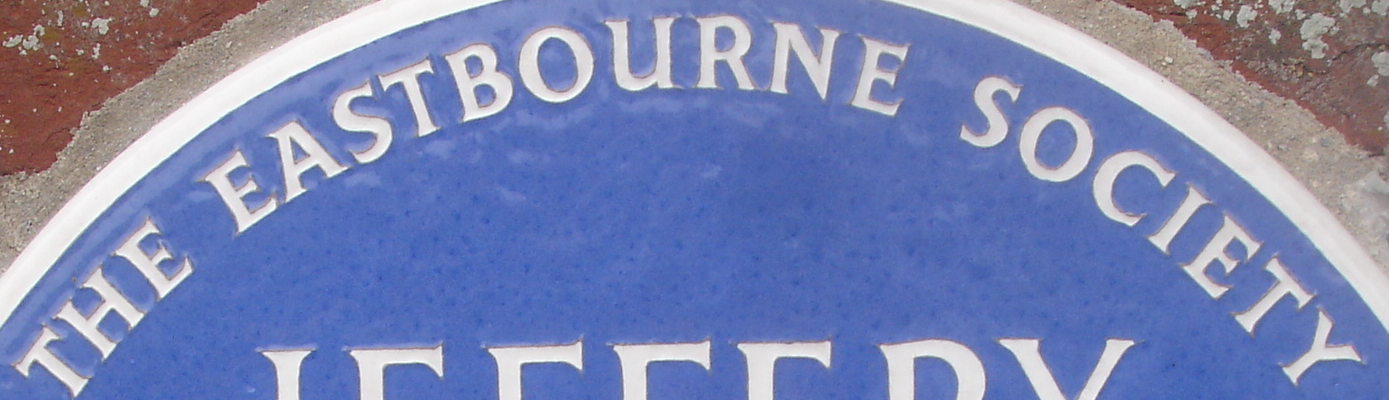
THE EASTBOURNE SOCIETY